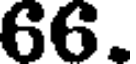
66.